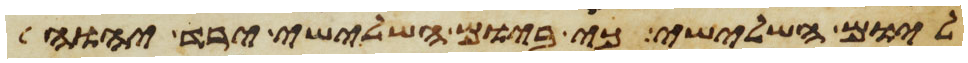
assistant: ליום השלישי כי ביום השלישי ירד יהוה